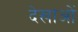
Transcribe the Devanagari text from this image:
देखाओं